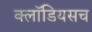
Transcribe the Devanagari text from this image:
क्लॉडियसच